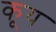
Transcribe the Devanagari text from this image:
कूय